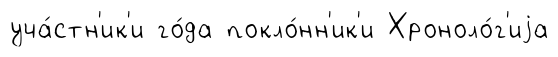
уча́стн'ик'и го́да покло́нн'ик'и Хроноло́г'иjа